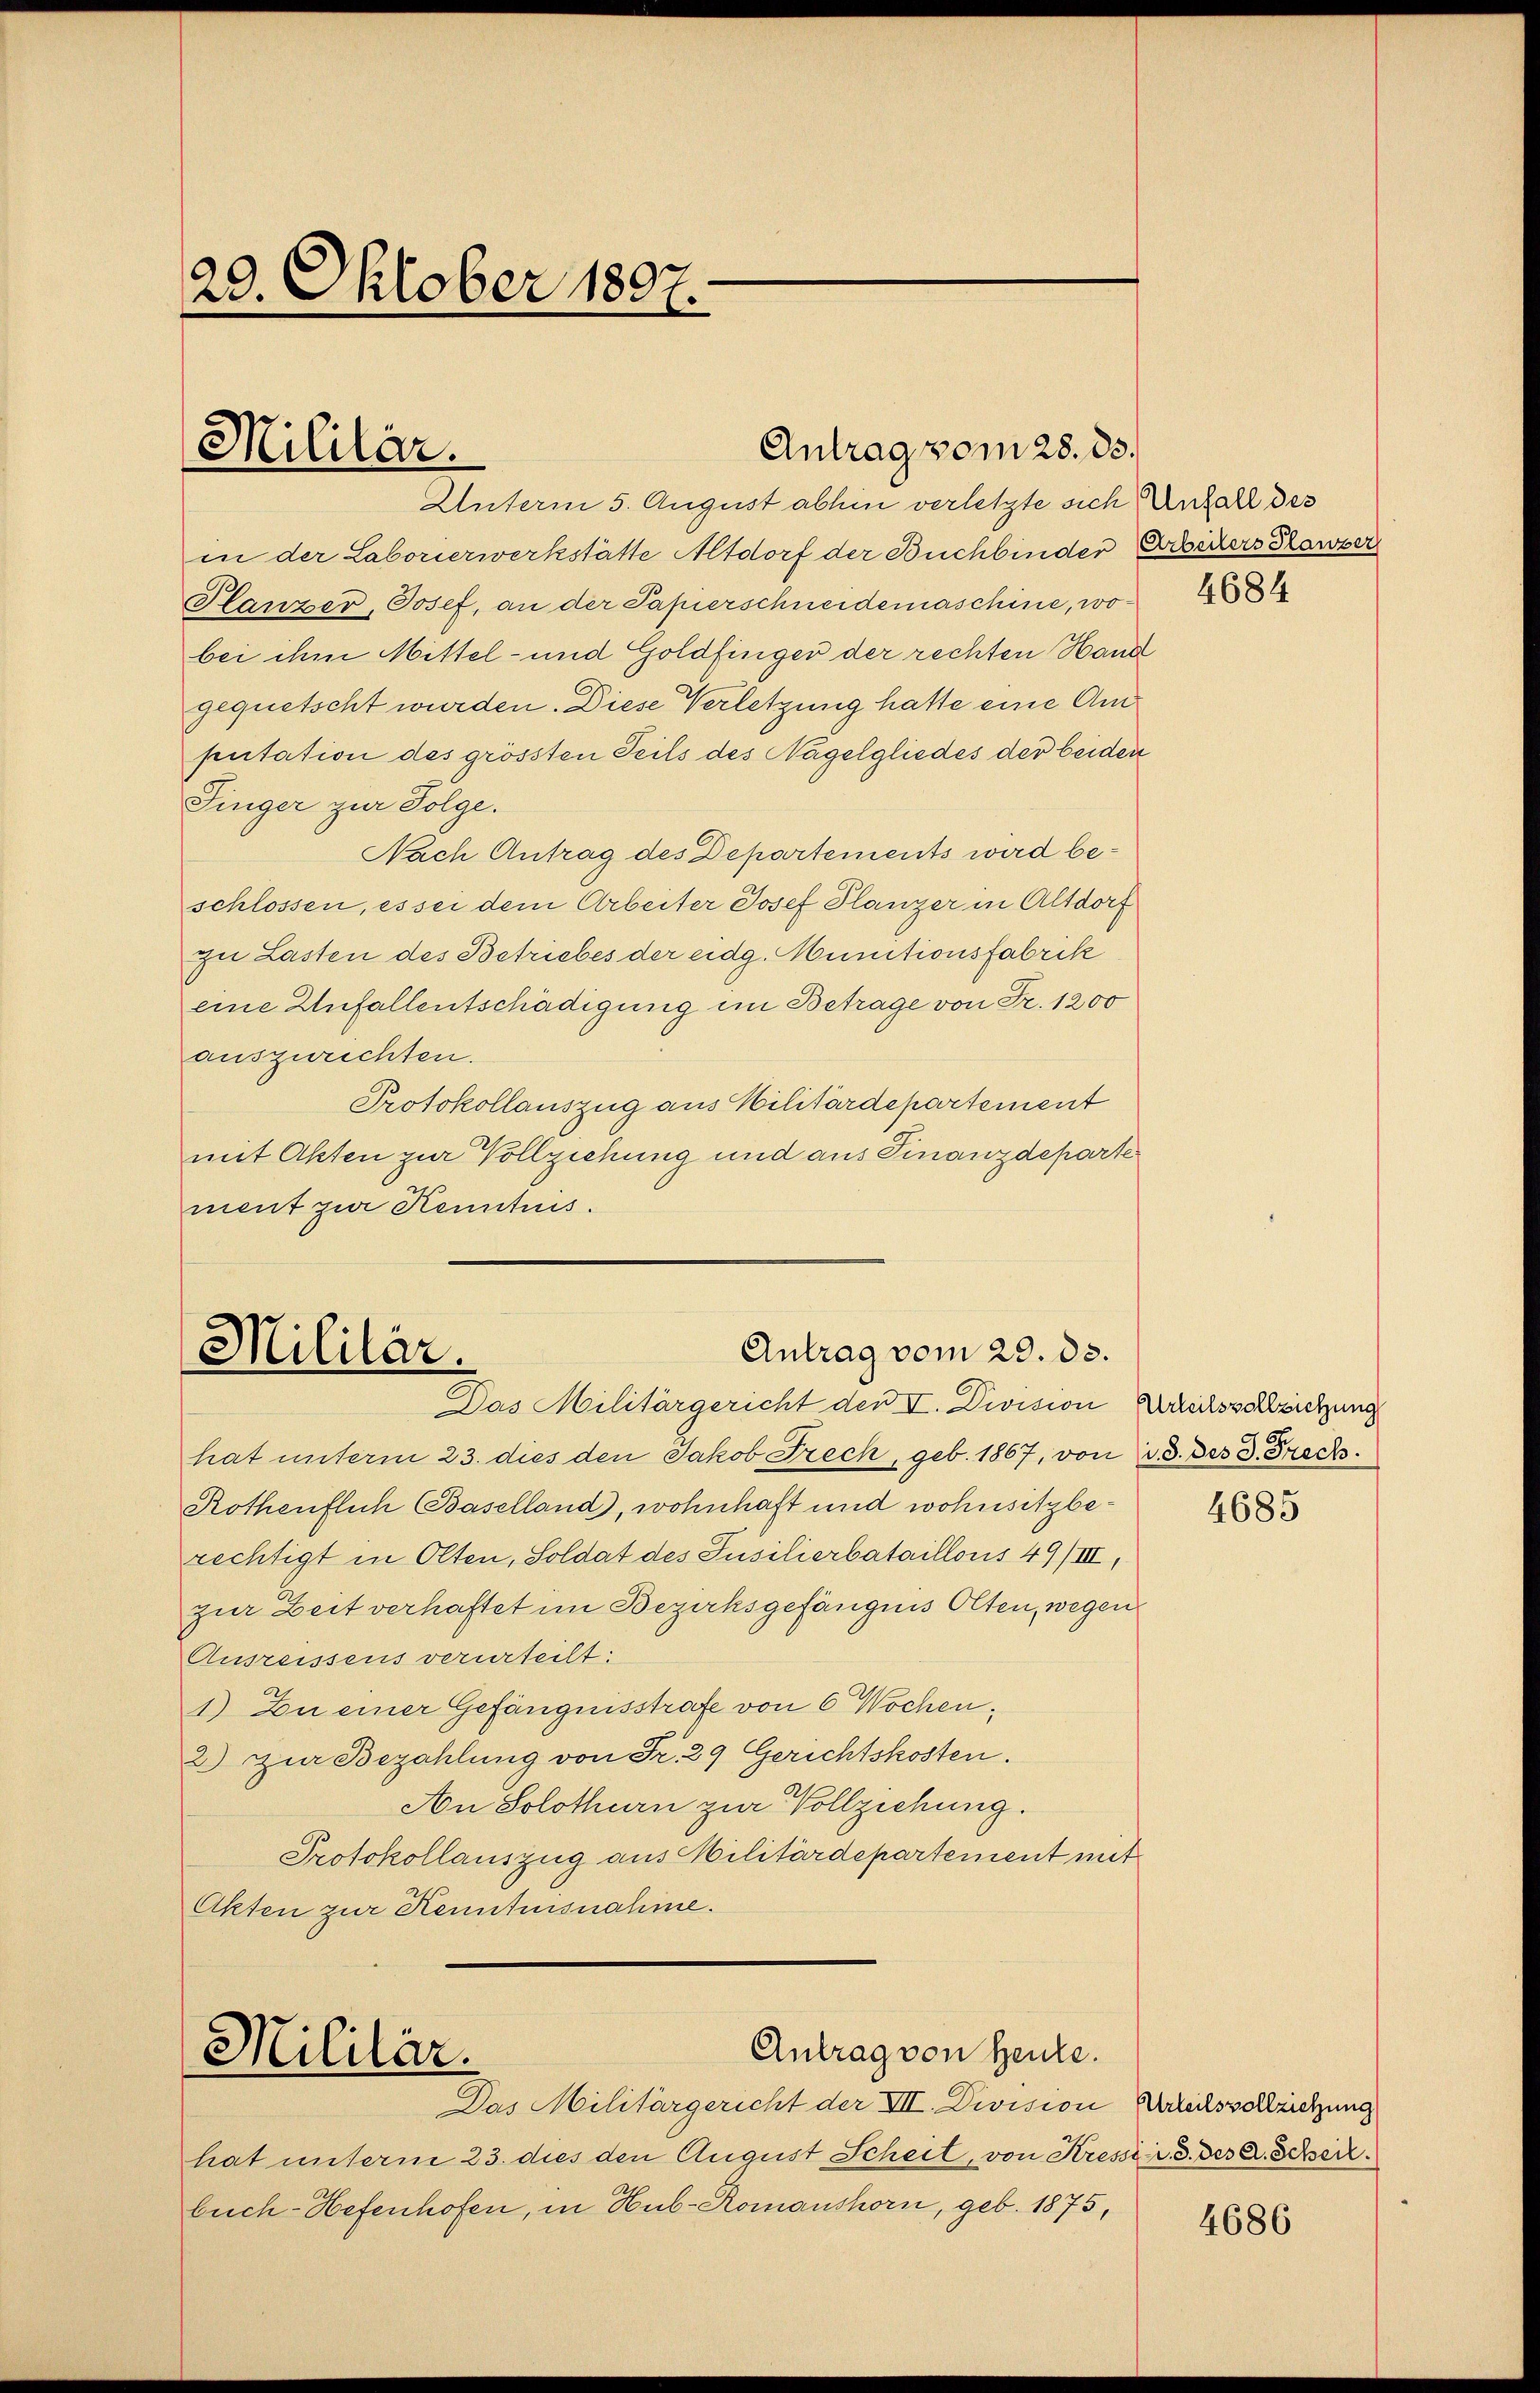
29. Oktober 1897.

Unterm 5. August abhin verletzte sich Anhall des
in der Laborierwerkstätte Altdorf der Buchbinder Bieders Kaiser
Planzer, Josef, an der Papierschneidemaschine, wobei ihm Mittel- und Goldfinger der rechten Hand
gequetscht wurden. Diese Verletzung hatte eine Am
putation des grössten Teils des Nagelgliedes der beiden
Singer zur Folge.
Nach Antrag des Departements wird beschlossen, es sei dem Arbeiter Josef Planzer in Altdorf
zu Lasten des Betriebes der eidg. Munitionsfabrik
eine Anfallentschädigung im Betrage von Fr. 1200
auszurechten.
Protokollauszug aus Militärdepartement
mit Akten zur Vollziehung und aus Finanzdeparte
ment zur Kenntnis.

Militär.

Antrag vom 28. ds.

Antrag vom 29. ds.
Militär.
Das Militärgericht den I. Division Urteilsvollziehung

hat unterm 23. dies den Jakob Frech, geb. 1867, von v. 3. Der 3. Frech
Rothenflich Baselland, wohnhaft und wohnsitzberechtigt in Olten, Soldat des Jusilierbataillons 49/III,
zur Zeit verhaftet im Bezirksgefängnis Olten, wegen
Ausreissens verurteilt:
1.) Du einer Gefängnisstrafe von 6 Wochen¬
2) zur Bezahlung von Fr. 29 Gerichtskosten.
An Solothurn zur Vollziehung.
Protokollauszug aus Militärdepartement mit
Akten zur Kenntnisnahme.

Antrag von Heute.
Militär.
Das Militärgericht der VII. Division

hat unterm 23. dies den August Scheit, von Kresser. 3. des C. Schweiz.
buch-Hefenhofen, in Hub-Romanshorn, geb. 1875,

4684

4685

Urteilsvollziehung

4686